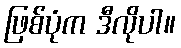
ဖြစ်ပုံက ဒီလိုပါ။